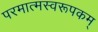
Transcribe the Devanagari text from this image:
परमात्मस्वरूपकम्